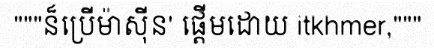
"""ន៏ប្រើម៉ាស៊ីន' ផ្តើមដោយ itkhmer,"""